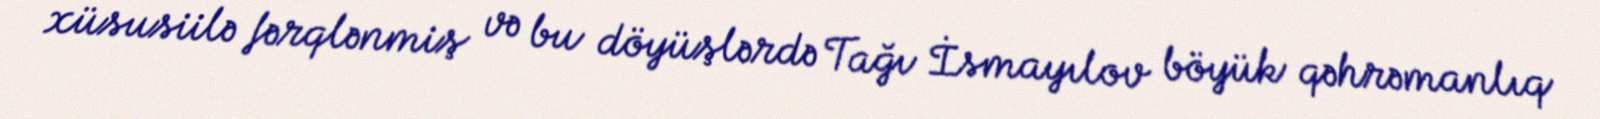
xüsusiilə fərqlənmiş və bu döyüşlərdə Tağı İsmayılov böyük qəhrəmanlıq